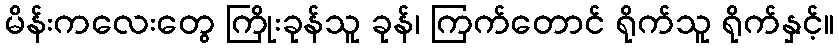
မိန်းကလေးတွေ ကြိုးခုန်သူ ခုန်၊ ကြက်တောင် ရိုက်သူ ရိုက်နှင့်။